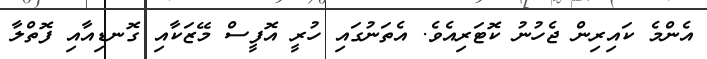
އެންމެ ކައިރިން ޖެހުނު ކޮޓަރިއެވެ. އެތަނުގައި ހުރީ އޮފީސް މޭޒަކާއި ގޮނޑިއާއި ފޮތްލާ